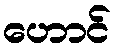
ဟောင်